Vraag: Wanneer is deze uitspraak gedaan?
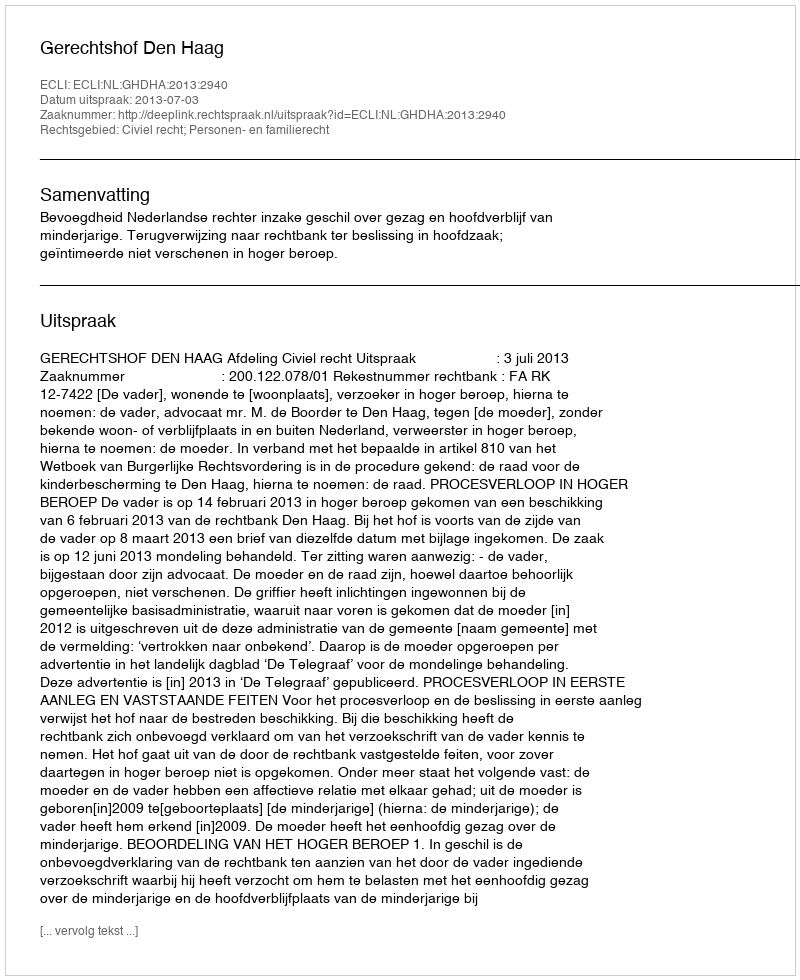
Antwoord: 2013-07-03